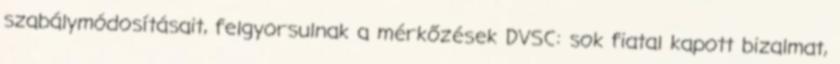
szabálymódosításait, felgyorsulnak a mérkőzések DVSC: sok fiatal kapott bizalmat,